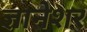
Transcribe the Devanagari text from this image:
ज्ञानेशर